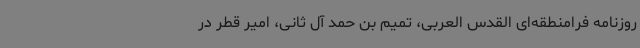
روزنامه فرامنطقه‌ای القدس العربی، تمیم بن حمد آل ثانی، امیر قطر در